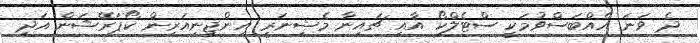
ދެ ވަނަ އެއްބަސްވުމަކީ ސްޓެލްކޯ އާއި ޗައިނާ މެޝިނަރީ އިންޖިނިއަރިން ކޯޕަރޭޝަން އަދި